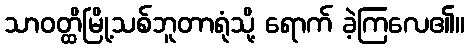
သာဝတ္ထိမြို့သစ်ဘူတာရုံသို့ ရောက် ခဲ့ကြလေ၏။